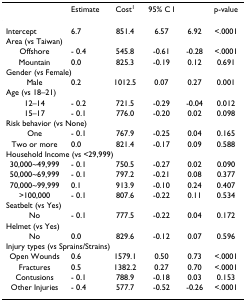
<table><thead><tr><td></td><td><b>Estimate</b></td><td><b>Cost<sup>1</sup></b></td><td><b>95% C I</b></td><td></td><td><b>p-value</b></td></tr></thead><tbody><tr><td>Intercept</td><td>6.7</td><td>851.4</td><td>6.57</td><td>6.92</td><td>&lt;.0001</td></tr><tr><td colspan="6">Area (vs Taiwan)</td></tr><tr><td>Offshore</td><td>- 0.4</td><td>545.8</td><td>-0.61</td><td>-0.28</td><td>&lt;.0001</td></tr><tr><td>Mountain</td><td>0.0</td><td>825.3</td><td>-0.19</td><td>0.12</td><td>0.691</td></tr><tr><td colspan="6">Gender (vs Female)</td></tr><tr><td>Male</td><td>0.2</td><td>1012.5</td><td>0.07</td><td>0.27</td><td>0.001</td></tr><tr><td colspan="6">Age (vs 18–21)</td></tr><tr><td>12–14</td><td>- 0.2</td><td>721.5</td><td>-0.29</td><td>-0.04</td><td>0.012</td></tr><tr><td>15–17</td><td>- 0.1</td><td>776.0</td><td>-0.20</td><td>0.02</td><td>0.098</td></tr><tr><td colspan="6">Risk behavior (vs None)</td></tr><tr><td>One</td><td>- 0.1</td><td>767.9</td><td>-0.25</td><td>0.04</td><td>0.165</td></tr><tr><td>Two or more</td><td>0.0</td><td>821.4</td><td>-0.17</td><td>0.09</td><td>0.588</td></tr><tr><td colspan="6">Household Income (vs &lt;29,999)</td></tr><tr><td>30,000~49,999</td><td>- 0.1</td><td>750.5</td><td>-0.27</td><td>0.02</td><td>0.090</td></tr><tr><td>50,000~69,999</td><td>- 0.1</td><td>797.2</td><td>-0.21</td><td>0.08</td><td>0.377</td></tr><tr><td>70,000~99,999</td><td>0.1</td><td>913.9</td><td>-0.10</td><td>0.24</td><td>0.407</td></tr><tr><td>&gt;100,000</td><td>- 0.1</td><td>807.6</td><td>-0.22</td><td>0.11</td><td>0.534</td></tr><tr><td colspan="6">Seatbelt (vs Yes)</td></tr><tr><td>No</td><td>- 0.1</td><td>777.5</td><td>-0.22</td><td>0.04</td><td>0.172</td></tr><tr><td colspan="6">Helmet (vs Yes)</td></tr><tr><td>No</td><td>0.0</td><td>829.6</td><td>-0.12</td><td>0.07</td><td>0.596</td></tr><tr><td colspan="6">Injury types (vs Sprains/Strains)</td></tr><tr><td>Open Wounds</td><td>0.6</td><td>1579.1</td><td>0.50</td><td>0.73</td><td>&lt;.0001</td></tr><tr><td>Fractures</td><td>0.5</td><td>1382.2</td><td>0.27</td><td>0.70</td><td>&lt;.0001</td></tr><tr><td>Contusions</td><td>- 0.1</td><td>788.9</td><td>-0.18</td><td>0.03</td><td>0.153</td></tr><tr><td>Other Injuries</td><td>- 0.4</td><td>577.7</td><td>-0.52</td><td>-0.26</td><td>&lt;.0001</td></tr></tbody></table>